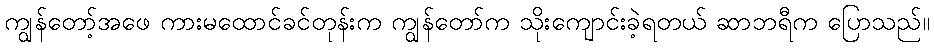
ကျွန်တော့်အဖေ ကားမထောင်ခင်တုန်းက ကျွန်တော်က သိုးကျောင်းခဲ့ရတယ် ဆာဘရီက ပြောသည်။